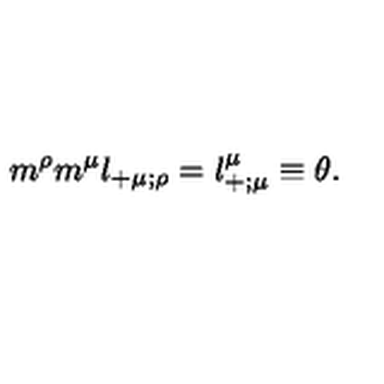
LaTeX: { m } ^ { \rho } { m } ^ { \mu } l _ { + \mu ; \rho } = l _ { + ; \mu } ^ { \mu } \equiv \theta .